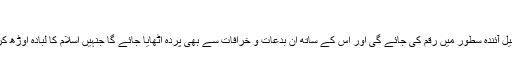
ماہِ محرم کے جو
فضائل و مناقب صحیح احادیث سے ثابت ہیں، ان کی تفصیل آئندہ سطور میں رقم کی جائے گی اور اس کے ساتھ ان بدعات و خرافات سے بھی پردہ اُٹھایا جائے گا جنہیں اسلام کا لبادہ اوڑھ کر دین حق کا حصہ بنانے کی مذموم کوششیں کی گئی ہیں۔